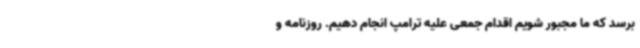
برسد که ما مجبور شویم اقدام جمعی علیه ترامپ انجام دهیم. روزنامه و